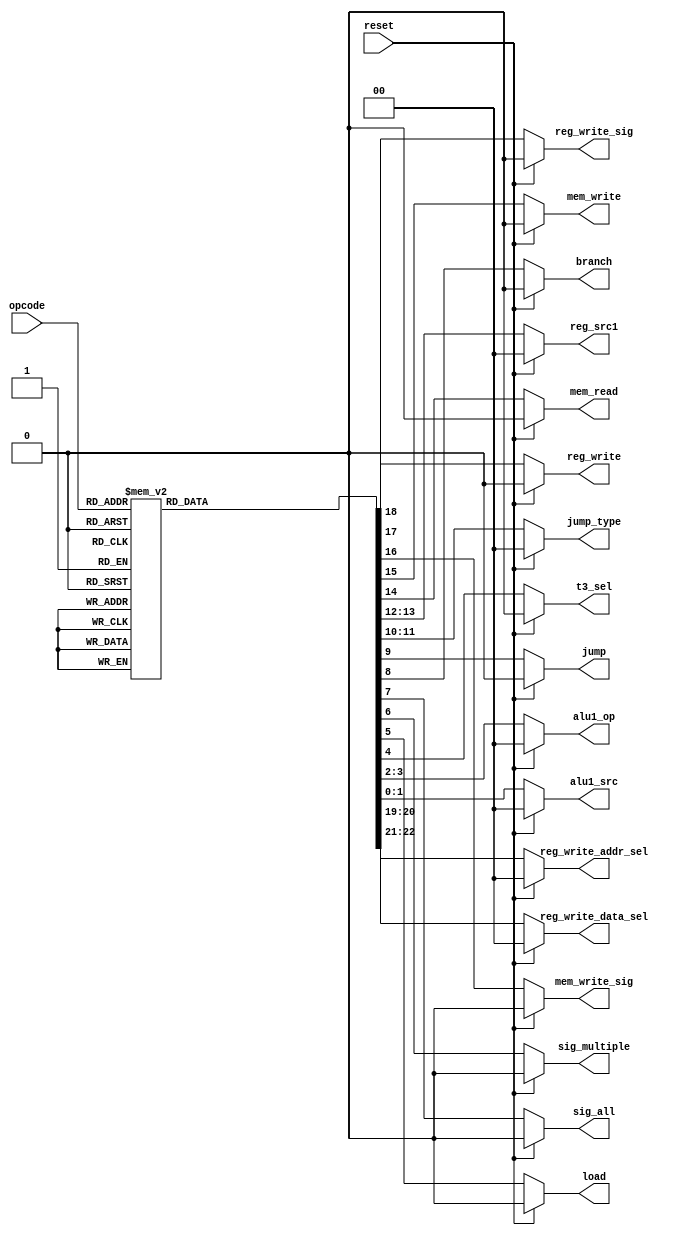
//author Mohd. Faizaan Qureshi

module control_unit (
	input reset,
	input [3:0] opcode,
	output reg t3_sel, branch, jump, load, sig_multiple, sig_all, mem_read, mem_write, reg_write, mem_write_sig, reg_write_sig,
	output reg [1:0] alu1_src, alu1_op, jump_type, reg_src1, reg_write_data_sel, reg_write_addr_sel
);

always @(reset, opcode)
begin
	if (reset)
	begin
		alu1_src <= 2'b00;
		alu1_op <= 2'b00;
		t3_sel <= 1'b0;
		load <= 1'b0;
		sig_multiple <= 1'b0;
		sig_all <= 1'b0;
		branch <= 1'b0;
		jump <= 1'b0;
		jump_type <= 2'b00;
		reg_src1 <= 2'b00;
		mem_read <= 1'b0;
		mem_write <= 1'b0;
		mem_write_sig <= 1'b0;
		reg_write <= 1'b0;
		reg_write_sig <= 1'b0;
		reg_write_data_sel <= 2'b00;
		reg_write_addr_sel <= 2'b00;
	end
	else
	begin
		case (opcode)
			// ADD like inst
			4'b0001:
				begin
					alu1_src <= 2'b00;
					alu1_op <= 2'b00;
					t3_sel <= 1'b0;
					load <= 1'b0;
					sig_multiple <= 1'b0;
					sig_all <= 1'b0;
					branch <= 1'b0;
					jump <= 1'b0;
					jump_type <= 2'b00;
					reg_src1 <= 2'b00;
					mem_read <= 1'b0;
					mem_write <= 1'b0;
					mem_write_sig <= 1'b0;
					reg_write <= 1'b1;
					reg_write_sig <= 1'b0;
					reg_write_data_sel <= 2'b00;
					reg_write_addr_sel <= 2'b10;
				end
			// ADI
			4'b0000:
				begin
					alu1_src <= 2'b01;
					alu1_op <= 2'b10;
					t3_sel <= 1'b0;
					load <= 1'b0;
					sig_multiple <= 1'b0;
					sig_all <= 1'b0;
					branch <= 1'b0;
					jump <= 1'b0;
					jump_type <= 2'b00;
					reg_src1 <= 2'b00;
					mem_read <= 1'b0;
					mem_write <= 1'b0;
					mem_write_sig <= 1'b0;
					reg_write <= 1'b1;
					reg_write_sig <= 1'b0;
					reg_write_data_sel <= 2'b00;
					reg_write_addr_sel <= 2'b00;
				end
			// NDU like inst
			4'b0010:
				begin
					alu1_src <= 2'b00;
					alu1_op <= 2'b01;
					t3_sel <= 1'b0;
					load <= 1'b0;
					sig_multiple <= 1'b0;
					sig_all <= 1'b0;
					branch <= 1'b0;
					jump <= 1'b0;
					jump_type <= 2'b00;
					reg_src1 <= 2'b00;
					mem_read <= 1'b0;
					mem_write <= 1'b0;
					mem_write_sig <= 1'b0;
					reg_write <= 1'b1;
					reg_write_sig <= 1'b0;
					reg_write_data_sel <= 2'b00;
					reg_write_addr_sel <= 2'b10;
				end
			// LHI
			4'b0011:
				begin
					alu1_src <= 2'b00;
					alu1_op <= 2'b10;
					t3_sel <= 1'b1;
					load <= 1'b1;
					sig_multiple <= 1'b0;
					sig_all <= 1'b0;
					branch <= 1'b0;
					jump <= 1'b0;
					jump_type <= 2'b00;
					reg_src1 <= 2'b00;
					mem_read <= 1'b1;
					mem_write <= 1'b0;
					mem_write_sig <= 1'b0;
					reg_write <= 1'b1;
					reg_write_sig <= 1'b0;
					reg_write_data_sel <= 2'b01;
					reg_write_addr_sel <= 2'b01;
				end
			// LW
			4'b0100:
				begin
					alu1_src <= 2'b01;
					alu1_op <= 2'b10;
					t3_sel <= 1'b0;
					load <= 1'b1;
					sig_multiple <= 1'b0;
					sig_all <= 1'b0;
					branch <= 1'b0;
					jump <= 1'b0;
					jump_type <= 2'b00;
					reg_src1 <= 2'b01;
					mem_read <= 1'b1;
					mem_write <= 1'b0;
					mem_write_sig <= 1'b0;
					reg_write <= 1'b1;
					reg_write_sig <= 1'b0;
					reg_write_data_sel <= 2'b01;
					reg_write_addr_sel <= 2'b01;
				end
			// SW
			4'b0101:
				begin
					alu1_src <= 2'b01;
					alu1_op <= 2'b10;
					t3_sel <= 1'b0;
					load <= 1'b0;
					sig_multiple <= 1'b0;
					sig_all <= 1'b0;
					branch <= 1'b0;
					jump <= 1'b0;
					jump_type <= 2'b00;
					reg_src1 <= 2'b00;
					mem_read <= 1'b0;
					mem_write <= 1'b1;
					mem_write_sig <= 1'b0;
					reg_write <= 1'b0;
					reg_write_sig <= 1'b0;
					reg_write_data_sel <= 2'b00;
					reg_write_addr_sel <= 2'b00;
				end
			// LM
			4'b1100:
				begin
					alu1_src <= 2'b11;
					alu1_op <= 2'b10;
					t3_sel <= 1'b0;
					load <= 1'b1;
					sig_multiple <= 1'b1;
					sig_all <= 1'b0;
					branch <= 1'b0;
					jump <= 1'b0;
					jump_type <= 2'b00;
					reg_src1 <= 2'b00;
					mem_read <= 1'b1;
					mem_write <= 1'b0;
					mem_write_sig <= 1'b0;
					reg_write <= 1'b0;
					reg_write_sig <= 1'b0;
					reg_write_data_sel <= 2'b11;
					reg_write_addr_sel <= 2'b11;
				end
			// SM
			4'b1101:
				begin
					alu1_src <= 2'b11;
					alu1_op <= 2'b10;
					t3_sel <= 1'b0;
					load <= 1'b0;
					sig_multiple <= 1'b1;
					sig_all <= 1'b0;
					branch <= 1'b0;
					jump <= 1'b0;
					jump_type <= 2'b00;
					reg_src1 <= 2'b00;
					mem_read <= 1'b0;
					mem_write <= 1'b0;
					mem_write_sig <= 1'b0;
					reg_write <= 1'b0;
					reg_write_sig <= 1'b0;
					reg_write_data_sel <= 2'b00;
					reg_write_addr_sel <= 2'b00;
				end
			// LA
			4'b1110:
				begin
					alu1_src <= 2'b11;
					alu1_op <= 2'b10;
					t3_sel <= 1'b0;
					load <= 1'b1;
					sig_multiple <= 1'b0;
					sig_all <= 1'b1;
					branch <= 1'b0;
					jump <= 1'b0;
					jump_type <= 2'b00;
					reg_src1 <= 2'b00;
					mem_read <= 1'b1;
					mem_write <= 1'b0;
					mem_write_sig <= 1'b0;
					reg_write <= 1'b0;
					reg_write_sig <= 1'b0;
					reg_write_data_sel <= 2'b11;
					reg_write_addr_sel <= 2'b11;
				end
			// SA
			4'b1111:
				begin
					alu1_src <= 2'b11;
					alu1_op <= 2'b10;
					t3_sel <= 1'b0;
					load <= 1'b0;
					sig_multiple <= 1'b0;
					sig_all <= 1'b1;
					branch <= 1'b0;
					jump <= 1'b0;
					jump_type <= 2'b00;
					reg_src1 <= 2'b00;
					mem_read <= 1'b0;
					mem_write <= 1'b0;
					mem_write_sig <= 1'b0;
					reg_write <= 1'b0;
					reg_write_sig <= 1'b0;
					reg_write_data_sel <= 2'b00;
					reg_write_addr_sel <= 2'b00;
				end
			// BEQ
			4'b1000:
				begin
					alu1_src <= 2'b00;
					alu1_op <= 2'b11;
					t3_sel <= 1'b0;
					load <= 1'b0;
					sig_multiple <= 1'b0;
					sig_all <= 1'b0;
					branch <= 1'b1;
					jump <= 1'b0;
					jump_type <= 2'b00;
					reg_src1 <= 2'b00;
					mem_read <= 1'b0;
					mem_write <= 1'b0;
					mem_write_sig <= 1'b0;
					reg_write <= 1'b0;
					reg_write_sig <= 1'b0;
					reg_write_data_sel <= 2'b00;
					reg_write_addr_sel <= 2'b00;
				end
			// JAL
			4'b1001:
				begin
					alu1_src <= 2'b00;
					alu1_op <= 2'b10;
					t3_sel <= 1'b0;
					load <= 1'b0;
					sig_multiple <= 1'b0;
					sig_all <= 1'b0;
					branch <= 1'b0;
					jump <= 1'b1;
					jump_type <= 2'b01;
					reg_src1 <= 2'b00;
					mem_read <= 1'b0;
					mem_write <= 1'b0;
					mem_write_sig <= 1'b0;
					reg_write <= 1'b1;
					reg_write_sig <= 1'b0;
					reg_write_data_sel <= 2'b10;
					reg_write_addr_sel <= 2'b01;
				end
			// JLR
			4'b1010:
				begin
					alu1_src <= 2'b00;
					alu1_op <= 2'b10;
					t3_sel <= 1'b0;
					load <= 1'b0;
					sig_multiple <= 1'b0;
					sig_all <= 1'b0;
					branch <= 1'b0;
					jump <= 1'b1;
					jump_type <= 2'b10;
					reg_src1 <= 2'b01;
					mem_read <= 1'b0;
					mem_write <= 1'b0;
					mem_write_sig <= 1'b0;
					reg_write <= 1'b1;
					reg_write_sig <= 1'b0;
					reg_write_data_sel <= 2'b10;
					reg_write_addr_sel <= 2'b01;
				end
			// JRI
			4'b1011:
				begin
					alu1_src <= 2'b10;
					alu1_op <= 2'b10;
					t3_sel <= 1'b0;
					load <= 1'b0;
					sig_multiple <= 1'b0;
					sig_all <= 1'b0;
					branch <= 1'b0;
					jump <= 1'b1;
					jump_type <= 2'b00;
					reg_src1 <= 2'b00;
					mem_read <= 1'b0;
					mem_write <= 1'b0;
					mem_write_sig <= 1'b0;
					reg_write <= 1'b0;
					reg_write_sig <= 1'b0;
					reg_write_data_sel <= 2'b00;
					reg_write_addr_sel <= 2'b00;
				end
			default:
				begin
					alu1_src <= 2'b00;
					alu1_op <= 2'b00;
					t3_sel <= 1'b0;
					load <= 1'b0;
					sig_multiple <= 1'b0;
					sig_all <= 1'b0;
					branch <= 1'b0;
					jump <= 1'b0;
					jump_type <= 2'b00;
					reg_src1 <= 2'b00;
					mem_read <= 1'b0;
					mem_write <= 1'b0;
					mem_write_sig <= 1'b0;
					reg_write <= 1'b0;
					reg_write_sig <= 1'b0;
					reg_write_data_sel <= 2'b00;
					reg_write_addr_sel <= 2'b00;
				end
		endcase
	end
end

endmodule